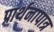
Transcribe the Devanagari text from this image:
प्रार्थनापात्र